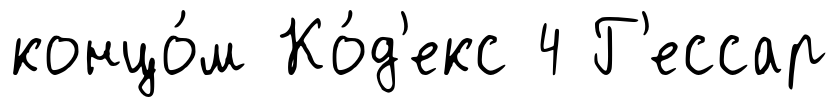
концо́м Ко́д'екс 4 Г'ессар